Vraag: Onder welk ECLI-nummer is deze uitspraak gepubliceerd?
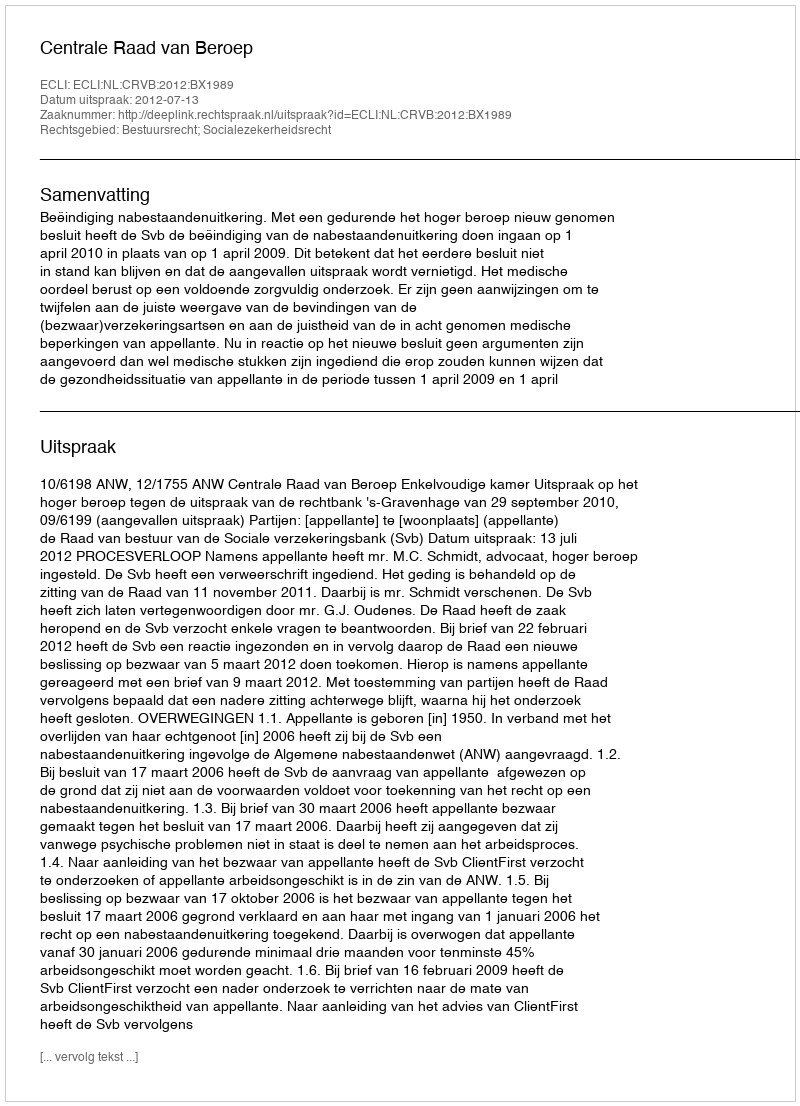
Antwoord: ECLI:NL:CRVB:2012:BX1989